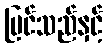
မြင်သည်နှင့်